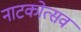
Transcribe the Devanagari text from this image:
नाटकोत्सव